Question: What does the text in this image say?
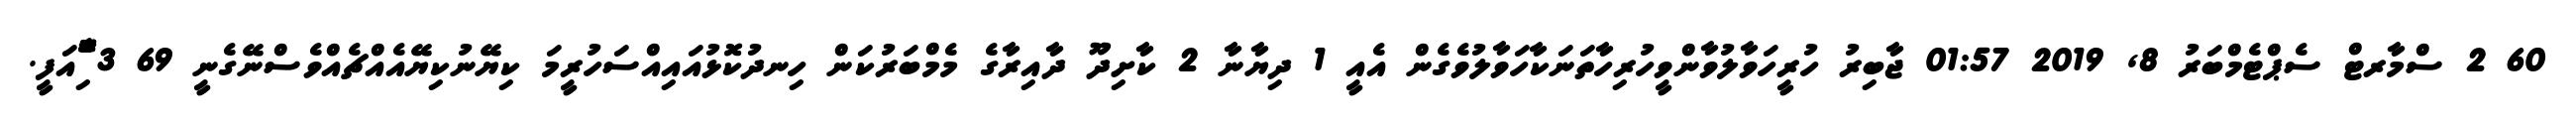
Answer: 60 2 ސްމާރޓް ސެޕްޓެމްބަރު 8, 2019 01:57 ޖާބިރު ހުރީހަވާލުވާންވީހުރިހާތަނަކާހަވާލުވެގެން އެއީ 1 ދިޔާނާ 2 ކާށިދޫ ދާއިރާގެ މެމްބަރުކަން ހިނދުކޮޅުއައިއްސަހުރީމަ ކިޔޭނުކިޔޭއެއްޗެއްވެސްނޭގެނީ 69 3 ާަަަަަެެެޮޮިުއަފީ.